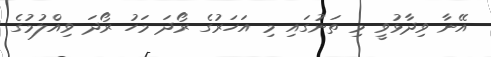
އޭނާ ވިދާޅުވީ މި ތަނުގައި މި އަހަރުގެ ރޯދަ މަހު ރޯދަ ވިއްލުމުގެ